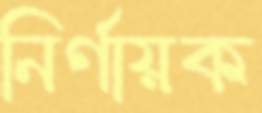
নির্ণায়ক